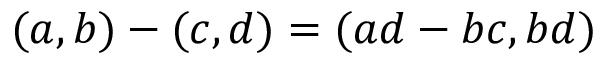
( a , b ) - ( c , d ) = ( a d - b c , b d )